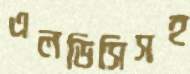
এলডিসিসহ